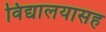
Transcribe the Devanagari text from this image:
विद्यालयासह